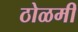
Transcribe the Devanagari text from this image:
ठोळमी